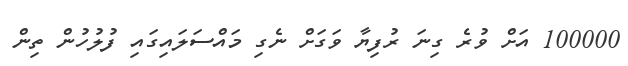
100000 އަށް ވުރެ ގިނަ ރުފިޔާ ވަގަށް ނެގި މައްސަލައިގައި ފުލުހުން ތިން